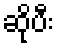
ဆိုပီး